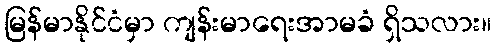
မြန်မာနိုင်ငံမှာ ကျန်းမာရေးအာမခံ ရှိသလား။